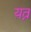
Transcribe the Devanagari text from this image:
य़त्न